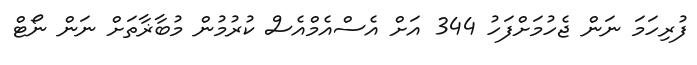
ފުރިހަމަ ނަން ޖެހުމަށްފަހު 344 އަށް އެސްއެމްއެސް ކުރުމުން މުބާޜާތަށް ނަން ނޯޓް